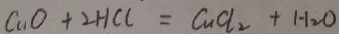
C u O + 2 H C l = C u C l _ { 2 } + H _ { 2 } O